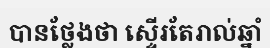
បានថ្លែងថា ស្ទើរតែរាល់ឆ្នាំ